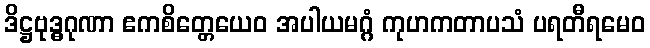
ဒိဋ္ဌဗုဒ္ဓဂုဏာ ဧကစိတ္တေယေဝ အပါယမဂ္ဂံ ကုဟကတာပသံ ပရတီရမေဝ